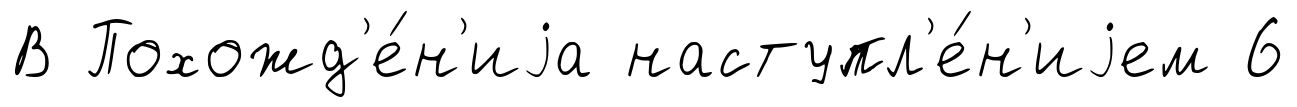
В Похожд'е́н'иjа наступл'е́н'иjем 6